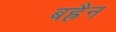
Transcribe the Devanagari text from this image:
बह्रैन